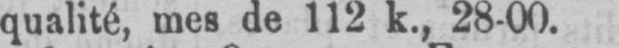
qualité, mes de 112 k., 28-00.